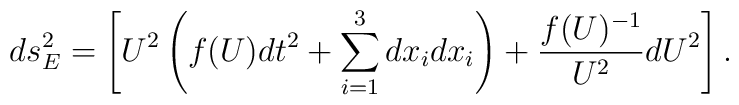
ds_E^2 = \left[ U^2 \left( f(U) dt^2          + \sum^3_{i=1}dx_i dx_i \right) + \frac{f(U)^{-1}}{U^2} dU^2 \right].